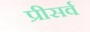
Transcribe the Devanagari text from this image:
प्रीसर्व